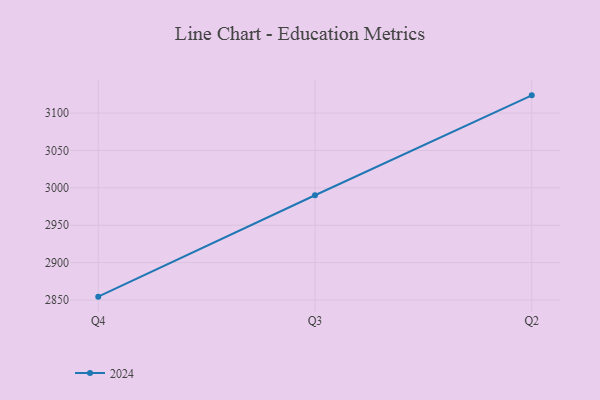
{"axis": {"x": "Quarter", "y": "Latency (ms)"}, "legend": ["2024"], "data": [{"x": "Q4", "y": 2854.5, "type": "2024"}, {"x": "Q3", "y": 2990.1, "type": "2024"}, {"x": "Q2", "y": 3123.7, "type": "2024"}]}